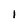
Character: i